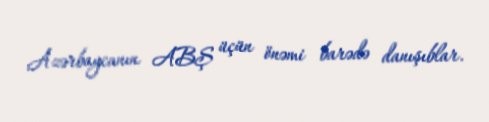
Azərbaycanın ABŞ üçün önəmi barədə danışıblar.